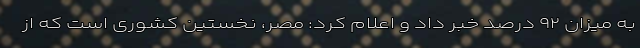
به میزان ۹۲ درصد خبر داد و اعلام کرد: مصر، نخستین کشوری است که از